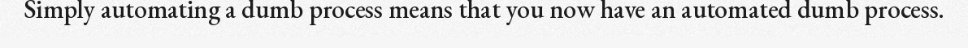
Simply automating a dumb process means that you now have an automated dumb process.